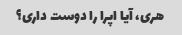
هری، آیا اپرا را دوست داری؟